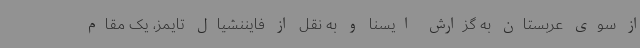
از سوی عربستان به گزارش ایسنا و به نقل از فایننشیال تایمز، یک مقام